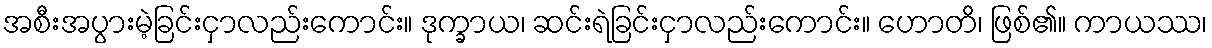
အစီးအပွားမဲ့ခြင်းငှာလည်းကောင်း။ ဒုက္ခာယ၊ ဆင်းရဲခြင်းငှာလည်းကောင်း။ ဟောတိ၊ ဖြစ်၏။ ကာယဿ၊